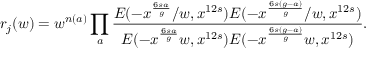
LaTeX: r _ { j } ( w ) = w ^ { n ( a ) } \prod _ { a } \frac { E ( - x ^ { \frac { 6 s a } { g } } / w , x ^ { 1 2 s } ) E ( - x ^ { \frac { 6 s ( g - a ) } { g } } / w , x ^ { 1 2 s } ) } { E ( - x ^ { \frac { 6 s a } { g } } w , x ^ { 1 2 s } ) E ( - x ^ { \frac { 6 s ( g - a ) } { g } } w , x ^ { 1 2 s } ) } .